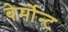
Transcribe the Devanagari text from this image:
वेर्मोन्ट